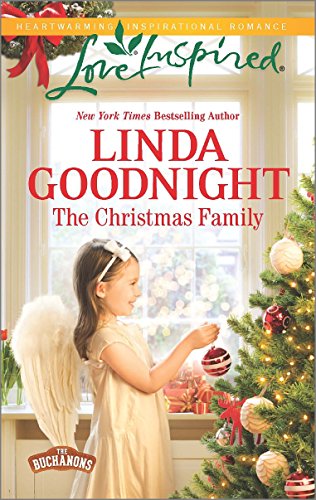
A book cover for The Christmas Family (The Buchanons); Linda Goodnight; Romance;